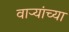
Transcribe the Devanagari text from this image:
वाऱ्यांच्या